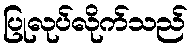
ပြုလုပ်လိုက်သည်